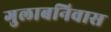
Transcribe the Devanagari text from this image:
गुलाबनिवास